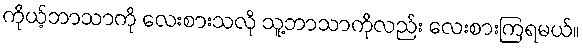
ကိုယ့်ဘာသာကို လေးစားသလို သူ့ဘာသာကိုလည်း လေးစားကြရမယ်။